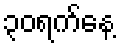
၃၀ရက်နေ့